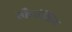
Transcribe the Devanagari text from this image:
स्कैवंजिंग